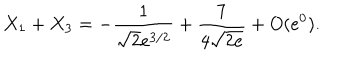
X _ { 1 } + X _ { 3 } = - { \frac { 1 } { \sqrt { 2 } e ^ { 3 / 2 } } } + { \frac { 7 } { 4 \sqrt { 2 e } } } + O ( e ^ { 0 } ) .